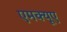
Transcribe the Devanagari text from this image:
एमक्यूए